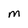
Character: m